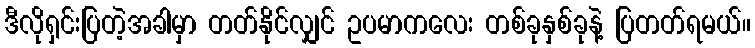
ဒီလိုရှင်းပြတဲ့အခါမှာ တတ်နိုင်လျှင် ဥပမာကလေး တစ်ခုနှစ်ခုနဲ့ ပြတတ်ရမယ်။